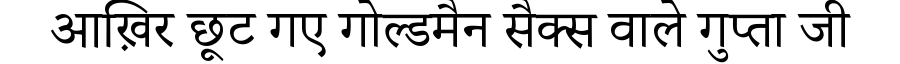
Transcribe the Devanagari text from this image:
आख़िर छूट गए गोल्डमैन सैक्स वाले गुप्ता जी